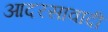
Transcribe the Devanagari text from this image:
आदरसावादी